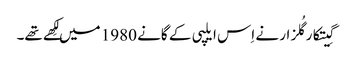
گِیتکارگُلزار نے اِس ایلپی کے گانے 1980 میں لِکھے تھے۔